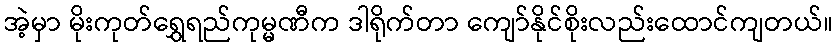
အဲ့မှာ မိုးကုတ်ရွှေရည်ကုမ္မဏီက ဒါရိုက်တာ ကျော်နိုင်စိုးလည်းထောင်ကျတယ်။